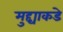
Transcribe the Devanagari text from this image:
मुद्द्याकडे